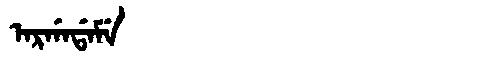
Manchu: ᠠᡵᡤᠠᡩᠠᠮᡝ
Romanization: ARGADAME